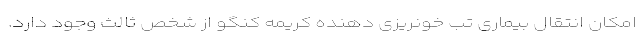
امکان انتقال بیماری تب خونریزی دهنده کریمه کنگو از شخص ثالث وجود دارد.